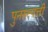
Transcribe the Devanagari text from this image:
पुनरुत्पत्ती